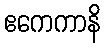
ဧကေကာနိ